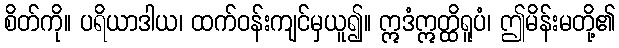
စိတ်ကို။ ပရိယာဒါယ၊ ထက်ဝန်းကျင်မှယူ၍။ ဣဒံဣတ္ထိရူပံ၊ ဤမိန်းမတို့၏